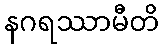
နဂရဿာမီတိ